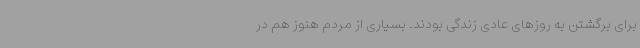
برای برگشتن به روزهای عادی زندگی بودند. بسیاری از مردم هنوز هم در